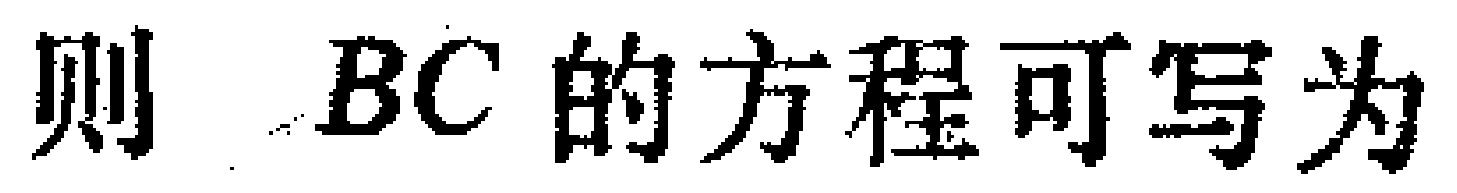
则 \(BC\) 的方程可写为